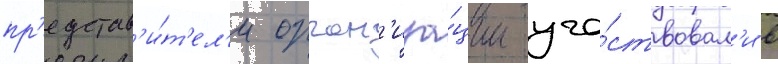
пр'едстав'и́т'ел'и орган'иза́ции уча́ствовал'и в